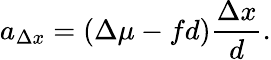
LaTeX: a_{\Delta x}=(\Delta\mu-fd)\frac{\Delta x}{d}.